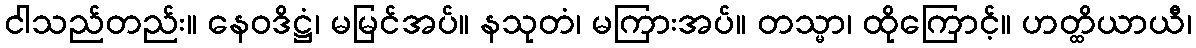
ငါသည်တည်း။ နေဝဒိဋ္ဌံ၊ မမြင်အပ်။ နသုတံ၊ မကြားအပ်။ တသ္မာ၊ ထိုကြောင့်။ ဟတ္ထိယာယီ၊